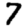
Digit: 7